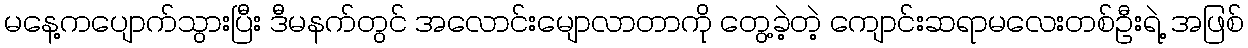
မနေ့ကပျောက်သွားပြီး ဒီမနက်တွင် အလောင်းမျောလာတာကို တွေ့ခဲ့တဲ့ ကျောင်းဆရာမလေးတစ်ဦးရဲ့ အဖြစ်